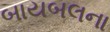
બાયબલના